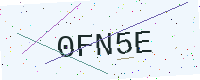
Text: 0FN5E